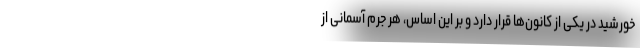
خورشید در یکی از کانون‌ها قرار دارد و بر این اساس، هر جرم آسمانی از